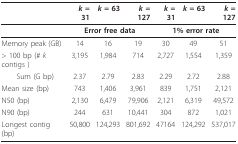
<table><thead><tr><td></td><td><b><i>k </i>= 31</b></td><td><b><i>k </i>= 63</b></td><td><b><i>k </i>= 127</b></td><td><b><i>k </i>= 31</b></td><td><b><i>k </i>= 63</b></td><td><b><i>k </i>= 127</b></td></tr></thead><tbody><tr><td></td><td colspan="3"><b>Error free data</b></td><td colspan="3"><b>1% error rate</b></td></tr><tr><td>Memory peak (GB)</td><td>14</td><td>16</td><td>19</td><td>30</td><td>49</td><td>51</td></tr><tr><td>&gt; 100 bp (# <i>k </i>contigs )</td><td>3,195</td><td>1,984</td><td>714</td><td>2,727</td><td>1,554</td><td>1,359</td></tr><tr><td> Sum (G bp)</td><td>2.37</td><td>2.79</td><td>2.83</td><td>2.29</td><td>2.72</td><td>2.88</td></tr><tr><td>Mean size (bp)</td><td>743</td><td>1,406</td><td>3,961</td><td>839</td><td>1,751</td><td>2,121</td></tr><tr><td>N50 (bp)</td><td>2,130</td><td>6,479</td><td>79,906</td><td>2,121</td><td>6,319</td><td>49,572</td></tr><tr><td>N90 (bp)</td><td>244</td><td>631</td><td>10,441</td><td>304</td><td>872</td><td>1,021</td></tr><tr><td>Longest contig (bp)</td><td>50,800</td><td>124,293</td><td>801,692</td><td>47164</td><td>124,292</td><td>537,017</td></tr></tbody></table>